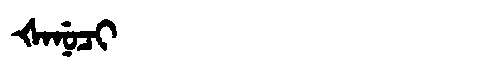
Manchu: ᡧᠠᠨᡠᠴᡳ
Romanization: ŠANUCI